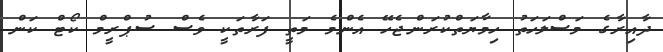
ދާއިރާގެ މަސްލަހަތު ހިމާޔަތްކުރަންޖެހޭ އެންމެ މަތީ ފަރާތަކީ ވެސް ސުޕްރީމް ކޯޓް ކަން